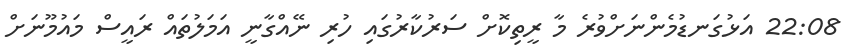
22:08 އަޅުގަނޑުމެންނަށްވުރެ މާ ރީތިކޮށް ސަރުކާރުގައި ހުރި ނޭއްގާނީ އަމަލުތައް ރައީސް މައުމޫނަށް